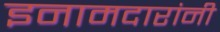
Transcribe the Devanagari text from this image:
इनामदारांनी